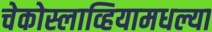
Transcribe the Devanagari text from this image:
चेकोस्लाव्हियामधल्या